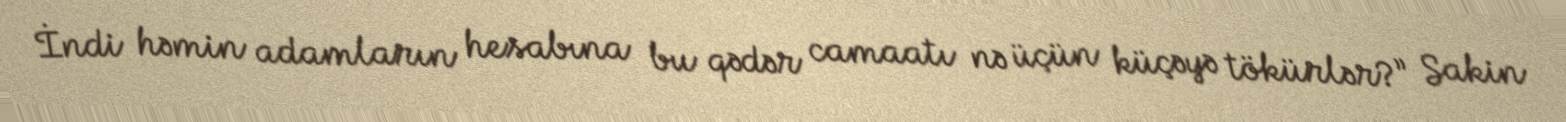
İndi həmin adamların hesabına bu qədər camaatı nə üçün küçəyə tökürlər?” Sakin